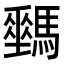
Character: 𩦛